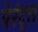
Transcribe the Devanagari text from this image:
पेरंट्स